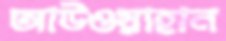
আউওয়াহান